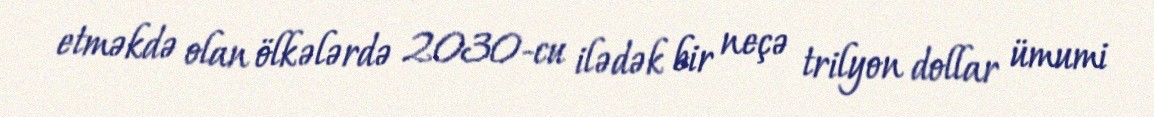
etməkdə olan ölkələrdə 2030-cu ilədək bir neçə trilyon dollar ümumi